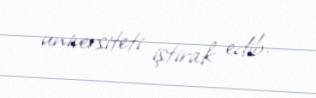
universiteti iştirak edib.